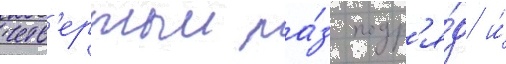
четв'ертыи ра́з подр'я́д и́